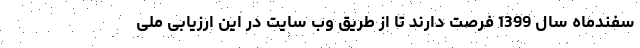
سفندماه سال 1399 فرصت دارند تا از طریق وب سایت در این ارزیابی ملی